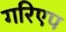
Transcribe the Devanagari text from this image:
गरिएप